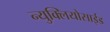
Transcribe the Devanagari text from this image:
न्युक्लियोसाईड